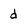
Character: d